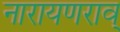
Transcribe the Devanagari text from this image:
नारायणराव्